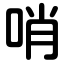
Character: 哨